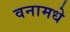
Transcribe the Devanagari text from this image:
वनामधे